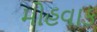
મોહવાક